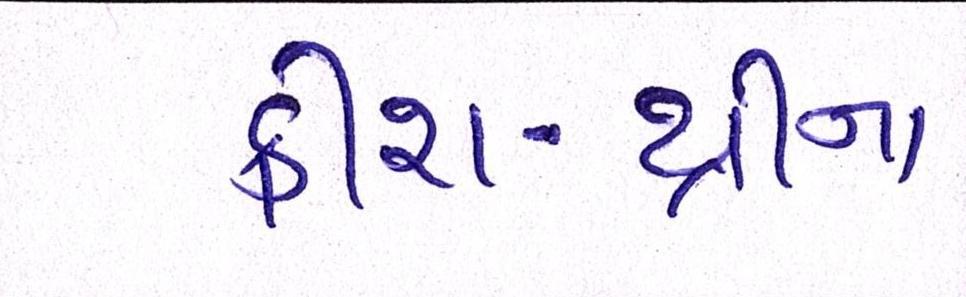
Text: ક્રીશ-થ્રીના